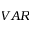
V A R